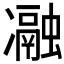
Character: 𭂧